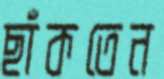
ছাঁকতেন